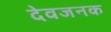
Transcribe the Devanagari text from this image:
देवजनक